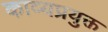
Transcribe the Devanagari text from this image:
काव्यप्रयुक्त